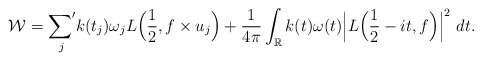
\begin{align*}\mathcal{W} ={\mathop{\sum\nolimits'}\limits_{j}}k(t_j) \omega_j L\Big(\frac{1}{2}, f\times u_j\Big)+ \frac{1}{4\pi}\int_\mathbb{R} k(t) \omega(t)\Big| L\Big(\frac{1}{2} - it, f\Big) \Big|^2 ~dt.\end{align*}